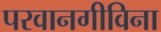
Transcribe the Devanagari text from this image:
परवानगीविना